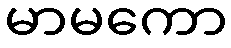
မာမကော